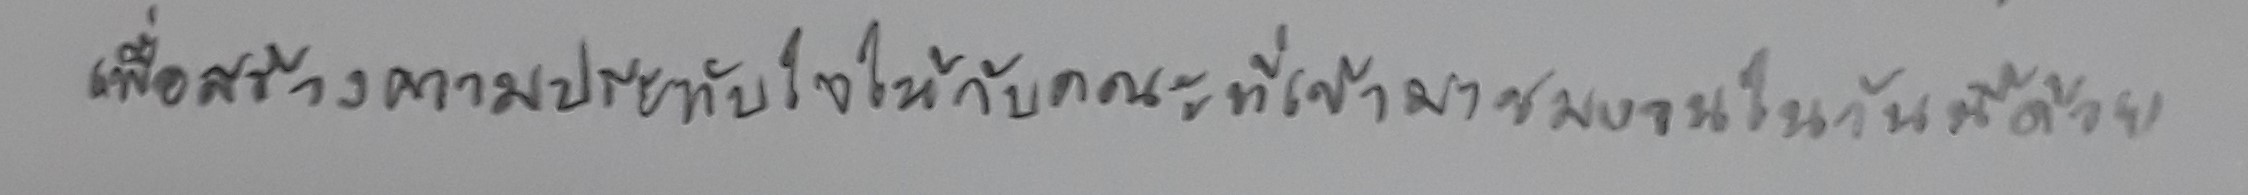
เพื่อสร้างความประทับใจให้กับคณะที่เข้ามาชมงานในวันนี้ด้วย